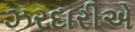
ઝરદારીએ